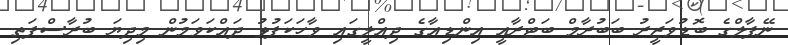
ނޭޕާލްގެ ބޮޑުވަޒީރު ބަބުރާމް ބަޓްރާއީ އިންޑިއާގެ ދިއްލީގައި ވާހަކަފުޅު ދައްކަވަމުން މިދިޔަ ބުރާސްފަތި